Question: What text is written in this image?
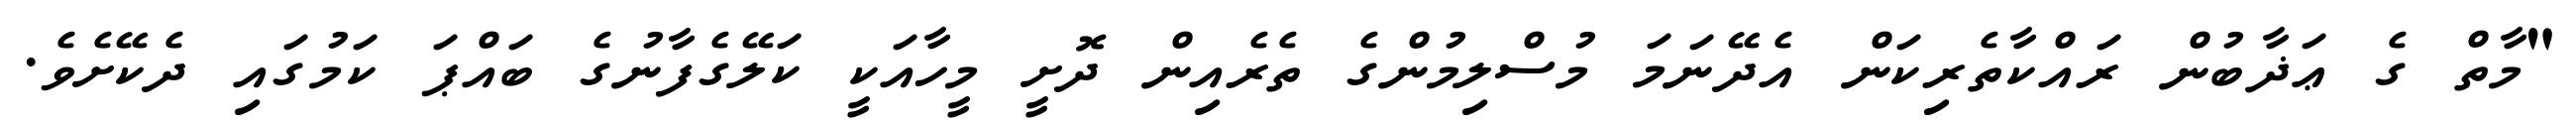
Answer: "މާތް ގެ ޢަޛާބުން ރައްކާތެރިކަން އެދޭނަމަ މުސްލިމުންގެ ތެރެއިން ދޮށީ މީހާއަކީ ކަލޭގެފާނުގެ ބައްޕަ ކަމުގައި ދެކޭށެވެ.